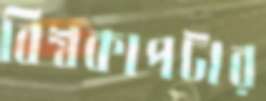
বিশ্বকাপটার